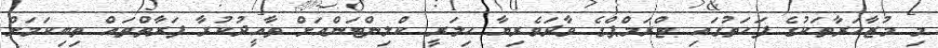
މި މުޒާހަރާތަކުގެ ފަހަތުގައި ޓްރަމްޕްގެ ވާދަވެރިޔާ ހިލަރީ ކްލިންޓަންއަށް ތާއީދުކުރާ ފަރާތްތައް ތިބިކަމަށް